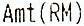
AMT(RM)